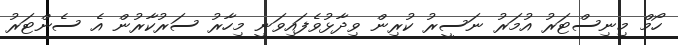
ހޯމް މިނިސްޓަރު އުމަރު ނަސީރު ކުރިން ވިދާޅުވެފައިވަނީ މިހާރު ސަރުކާރުން އެ ސެންޓަރު